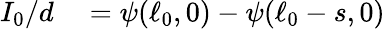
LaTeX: \begin{array}{rl}{I_{0}/d}&{{}=\psi(\ell_{0},0)-\psi(\ell_{0}-s,0)}\end{array}